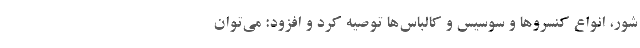
شور، انواع کنسروها و سوسیس و کالباس‌ها توصیه کرد و افزود: می‌توان